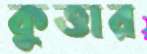
কুত্তার